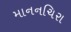
માનનચિરા